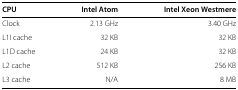
| CPU | Intel Atom | Intel Xeon Westmere |
 | --- | --- | --- |
 | Clock | 2.13 GHz | 3.40 GHz |
 | L1I cache | 32 KB | 32 KB |
 | L1D cache | 24 KB | 32 KB |
 | L2 cache | 512 KB | 256 KB |
 | L3 cache | N/A | 8 MB |